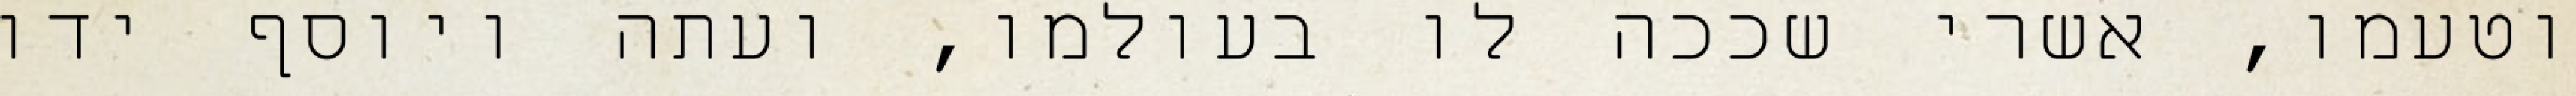
וטעמו, אשרי שככה לו בעולמו, ועתה ויוסף ידו